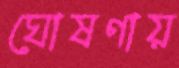
ঘোষণায়